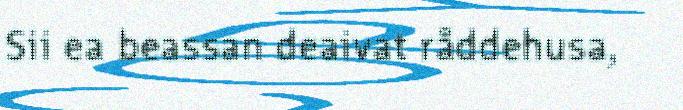
Sii ea beassan deaivat råddehusa,